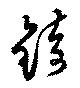
錡